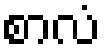
စာလံ